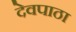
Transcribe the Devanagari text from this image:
देवपाठा